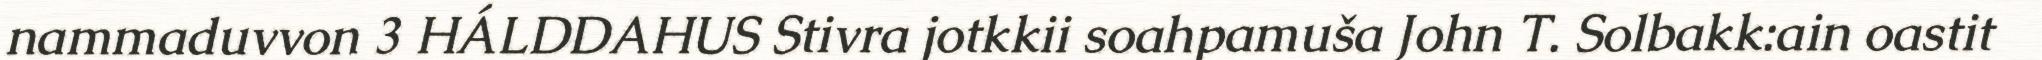
nammaduvvon 3 HÁLDDAHUS Stivra jotkkii soahpamuša John T. Solbakk:ain oastit